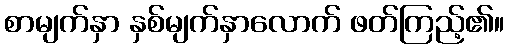
စာမျက်နှာ နှစ်မျက်နှာလောက် ဖတ်ကြည့်၏။